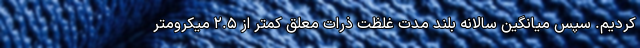
کردیم. سپس میانگین سالانه بلند مدت غلظت ذرات معلق کمتر از ۲.۵ میکرومتر